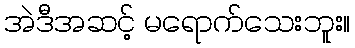
အဲဒီအဆင့် မရောက်သေးဘူး။